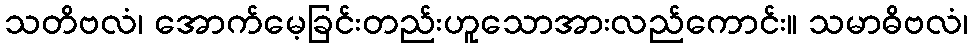
သတိဗလံ၊ အောက်မေ့ခြင်းတည်းဟူသောအားလည်ကောင်း။ သမာဓိဗလံ၊